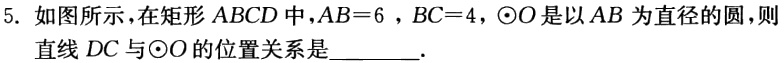
5. 如图所示，在矩形 \(ABCD\) 中，\(AB = 6\) ，\(BC = 4\)，\(\odot O\) 是以 \(AB\) 为直径的圆，则直线 \(DC\) 与\(\odot O\) 的位置关系是________.